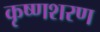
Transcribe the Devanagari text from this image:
कृष्णशरण